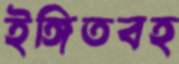
ইঙ্গিতবহ